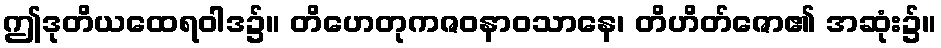
ဤဒုတိယထေရဝါဒ၌။ တိဟေတုကဇဝနာဝသာနေ၊ တိဟိတ်ဇော၏ အဆုံး၌။